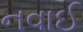
નવાઈ